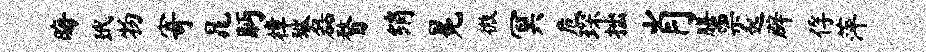
晦玳物寄晁眄樟狱磊瞀绡冕微冥危琛拙肖膳票起辟俘萍